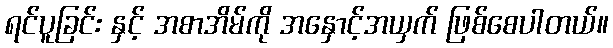
ရင်ပူခြင်း နှင့် အစာအိမ်ကို အနှောင့်အယှက် ဖြစ်စေပါတယ်။